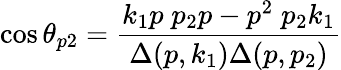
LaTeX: \cos\theta_{p2}={\frac{k_{1}p\; p_{2}p-p^{2}\; p_{2}k_{1}}{\Delta(p,k_{1})\Delta(p,p_{2})}}